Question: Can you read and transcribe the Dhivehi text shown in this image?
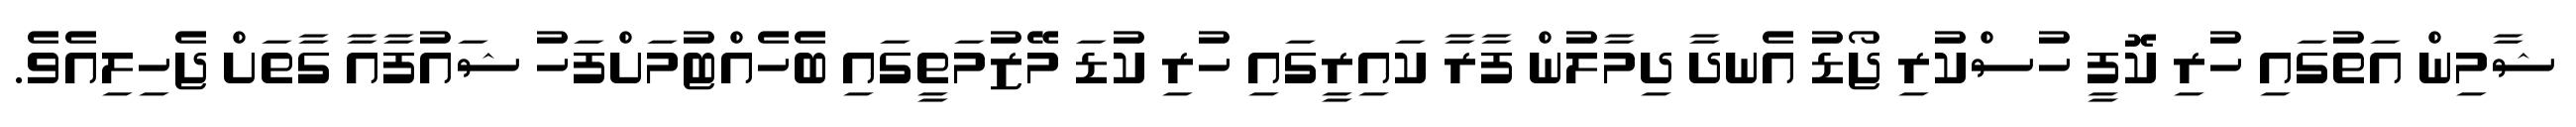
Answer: ޝާމިން އަތުގައި ހުރި ކޮފީ ހުސްކުރި ޖޯޑު އެނދާ ދިމާލުން ފާރާ ކައިރީގައި ހުރި ކުޑަ މޭޒުމަތީގައި ބެހެއްޓުމަށްފަހު ޝައުފާއާ ގާތަށް ޖެހިލިއެވެ.